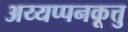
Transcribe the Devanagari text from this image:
अय्यप्पनकूत्तु